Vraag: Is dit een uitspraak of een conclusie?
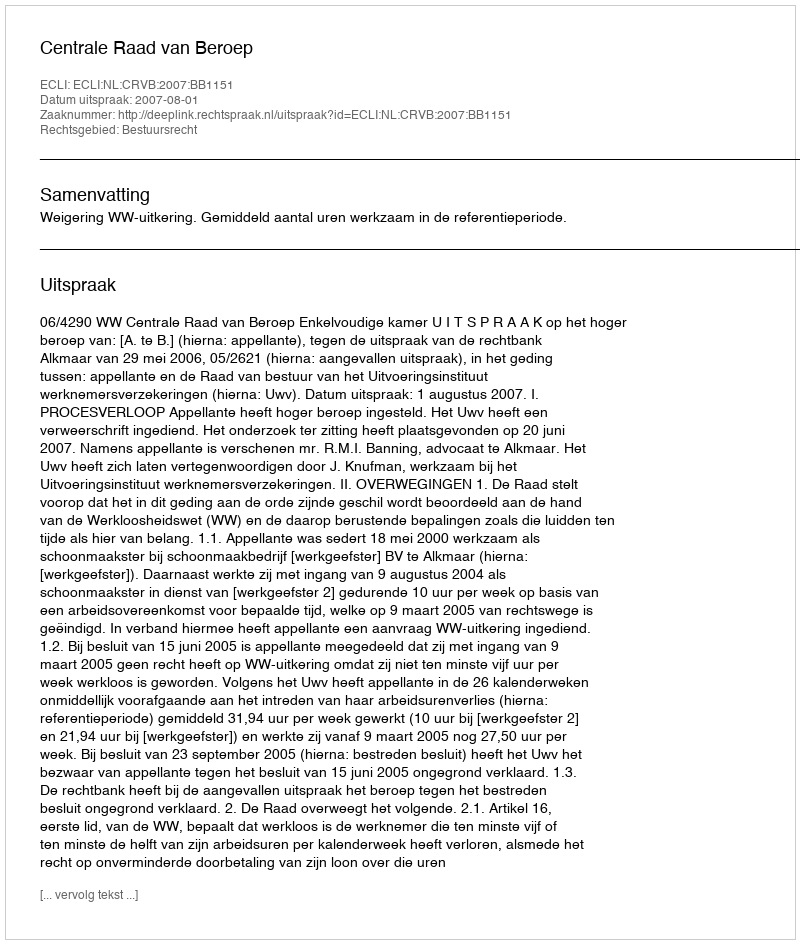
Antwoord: Uitspraak